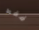
فقط